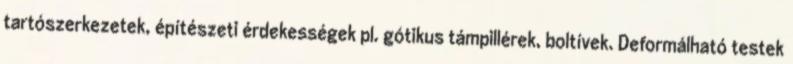
tartószerkezetek, építészeti érdekességek pl. gótikus támpillérek, boltívek. Deformálható testek